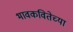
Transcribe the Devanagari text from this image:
भावकवितेच्या